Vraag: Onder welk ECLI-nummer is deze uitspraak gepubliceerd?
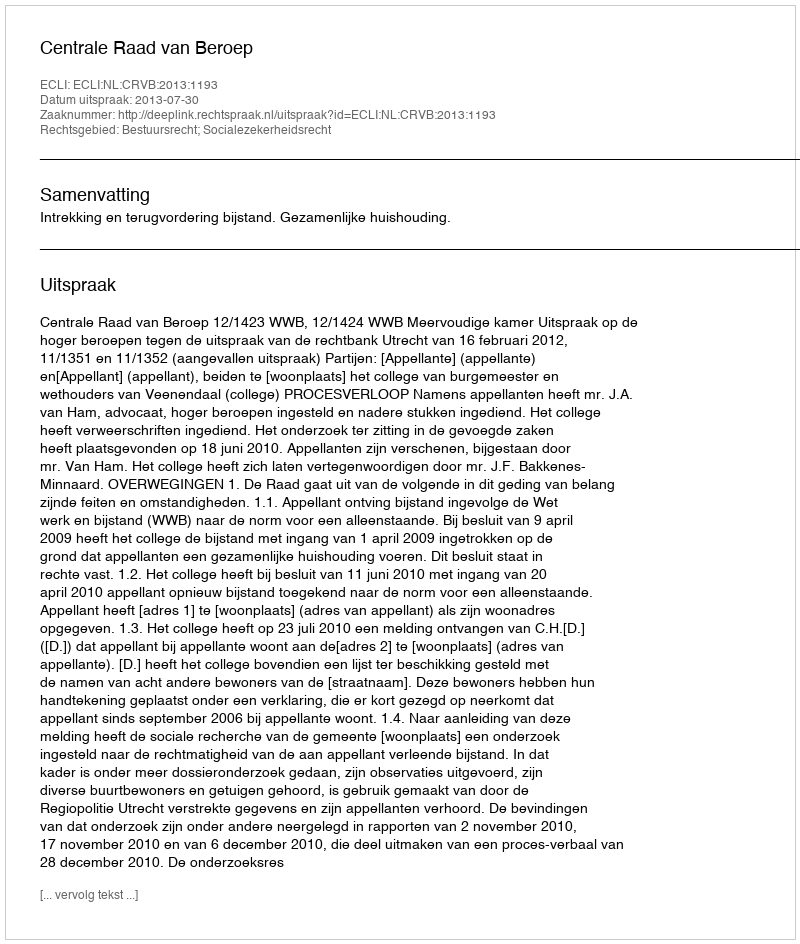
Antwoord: ECLI:NL:CRVB:2013:1193